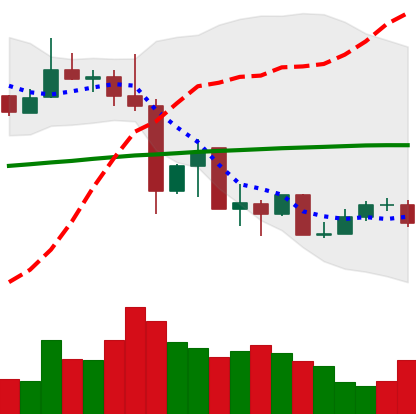
Ticker: XLM-USD
Chart end date: 2019-07-09
Forward return: -15.304%
Label: down_7plus